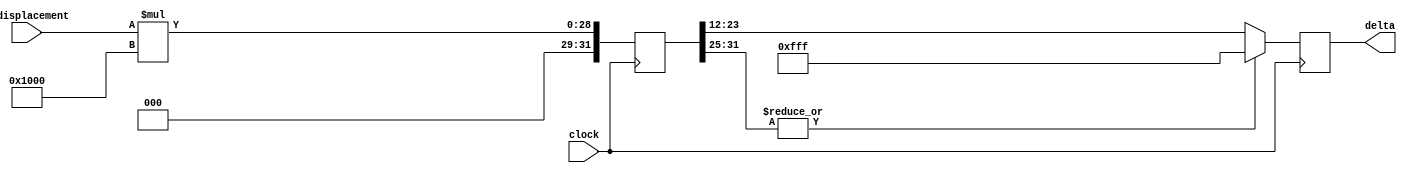
/*******************************************************
______________                ______________
______________ \  /\  /|\  /| ______________
______________  \/  \/ | \/ | ______________

--Module Name:
--Project Name:
--Chinese Description:
	
--English Description:
	
--Version:VERA.1.0.1
--Data modified:
--author:Young-
--E-mail: wmy367@Gmail.com
--Data created:
________________________________________________________
********************************************************/
`timescale 1ns/1ps
module gen_delta #(
	parameter	X_DISPLACEMENT	= 16,
	parameter	DSIZE			= 16,
	parameter	DT_I			= 8,
	parameter	DT_D			= 4
)(
	input						clock			,
	input [DSIZE-1:0]			y_displacement	,
	output[DT_I+DT_D-1:0]		delta
);

localparam [DSIZE-1:0]	X_RECIPROCAL	= 2**DSIZE/X_DISPLACEMENT; //default : 16'h0100  = 1/16 = 16'h0100/16'hFFFF = 16'h0100/17'h1_0000

reg [2*DSIZE-1:0]	slope;

always@(posedge clock)
	slope	<= y_displacement * X_RECIPROCAL;

reg [DT_I+DT_D-1:0]	delta_reg;		//[3:0].[DT-4:0]
								//32'hxxxx_xxxx_xxxx_xxxx
								//DT'h_______xx.x________
always@(posedge clock)
	if(|slope[2*DSIZE-1:DSIZE+DT_I+1])
			delta_reg	<= {(DT_I+DT_D){1'b1}};
	else 	delta_reg	<= {slope[DSIZE+:DT_I],slope[DSIZE-1-:DT_D]};

assign	delta	= delta_reg;

endmodule